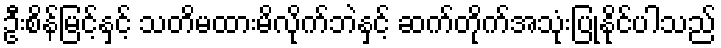
ဦးစိန်မြင့်နှင့် သတိမထားမိလိုက်ဘဲနှင့် ဆက်တိုက်အသုံးပြုနိုင်ပါသည်